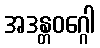
အဒန္တဝဂ္ဂေါ